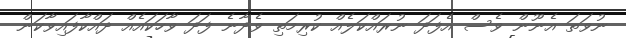
ނުވަތަ އެނޫން ވެސް އެފަދަ ނުރައްކަލެއް ކުރިމަތި ވެދާނެ ފަދަ ވާހަކައެއް ދައްކާފައިވާކަން